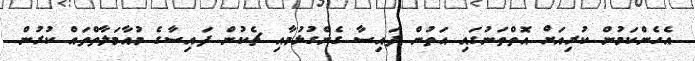
އެހެންކަމުން ކުރިއަށް އޮތްތަނުގައި އަތުން ފައިސާ ގެންގުޅުމާއި ޗެކުން ފައިސާގެ މުއާމަލާތްތައް ކުރުން